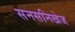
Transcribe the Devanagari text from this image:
सनसनिखेज